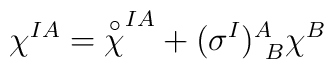
\chi^{IA} = {\buildrel\circ\over \chi}^{IA} +  (\sigma^I)^A_{\ B} \chi^B